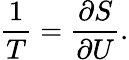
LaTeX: {\frac{1}{T}}={\frac{\partial S}{\partial U}}.